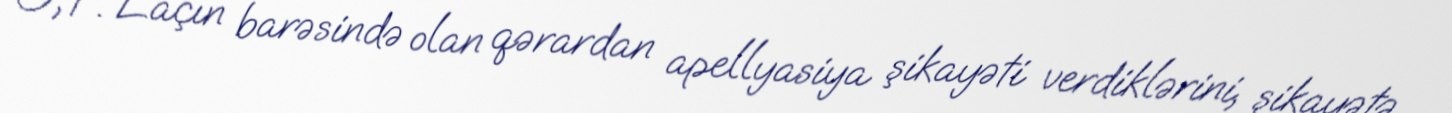
O, F. Laçın barəsində olan qərardan apellyasiya şikayəti verdiklərini, şikayətə